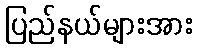
ပြည်နယ်များအား